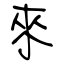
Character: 來